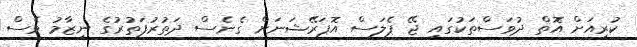
ކުރިއަށް އޮތް ދުވަސްތަކުގައި ޖޭ ޕެލަސް އޮޕަރޭޝަނަށް ގެނެސް ދަތުރުފަތުރުގެ ނިޒާމު ވެސް